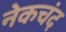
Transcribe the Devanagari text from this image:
नेकचंद